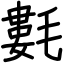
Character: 氀